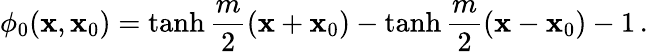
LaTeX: \phi_{0}(\mathbf{x},\mathbf{x}_{0})=\operatorname{tanh}\frac{{m}}{{2}}(\mathbf{x}+\mathbf{x}_{0})-\operatorname{tanh}\frac{{m}}{{2}}(\mathbf{x}-\mathbf{x}_{0})-1\, .